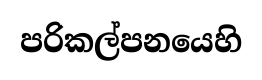
පරිකල්පනයෙහි